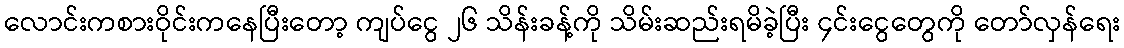
လောင်းကစားဝိုင်းကနေပြီးတော့ ကျပ်ငွေ ၂၆ သိန်းခန့်ကို သိမ်းဆည်းရမိခဲ့ပြီး ၄င်းငွေတွေကို တော်လှန်ရေး